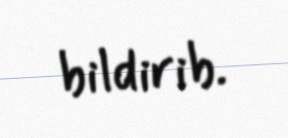
bildirib.